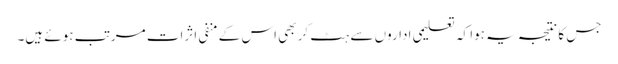
جس کا نتیجہ یہ ہوا کہ تعلیمی اداروں سے ہٹ کر بھی اس کے منفی اثرات مرتب ہوئے ہیں۔